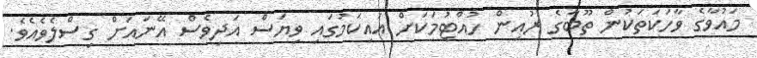
މައުވާގެ ވާހަކަތަކުން ތޫބާގެ ރުއިން ހުއްޓުމަކަށް އައިކަމުގައި ވިޔަސް އަދިވެސް އޭނައަށް ގިސްލެވެއެވެ.